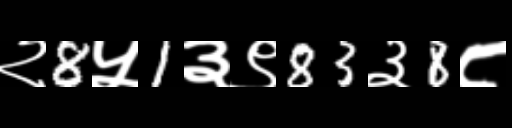
Text: २8५1३९83३8८